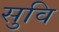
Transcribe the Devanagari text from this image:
सुवि